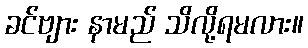
ခင်ဗျား နာမည် သိလို့ရမလား။